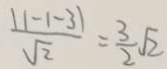
\frac { \vert 1 - 1 - 3 \vert } { \sqrt { 2 } } = \frac { 3 } { 2 } \sqrt { 2 }